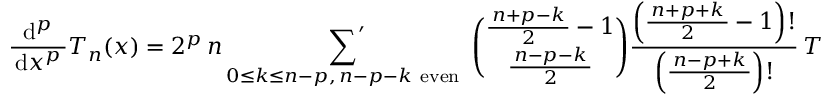
{ \frac { \mathrm { d } ^ { p } } { \, \mathrm { d } x ^ { p } \, } } T _ { n } ( x ) = 2 ^ { p } \, n \mathop { { \sum } ^ { \prime } } _ { 0 \leq k \leq n - p , \, n - p - k { \mathrm { ~ e v e n ~ } } } { \binom { { \frac { \, n + p - k \, } { 2 } } - 1 } { \frac { \, n - p - k \, } { 2 } } } { \frac { \left( { \frac { \, n + p + k \, } { 2 } } - 1 \right) ! } { \, \left( { \frac { \, n - p + k \, } { 2 } } \right) ! \, } } \, T _ { k } ( x ) ~ , \qquad p \geq 1 ~ ,